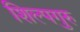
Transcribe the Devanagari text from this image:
शिल्पगुरु